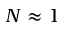
N \approx 1